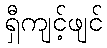
ရှီကျင့်ဖျင်